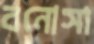
বনোসা